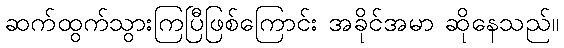
ဆက်ထွက်သွားကြပြီဖြစ်ကြောင်း အခိုင်အမာ ဆိုနေသည်။